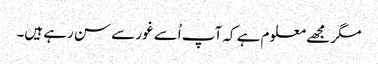
مگر مجھے معلوم ہے کہ آپ اُسے غور سے سن رہے ہیں۔